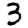
Digit: 3